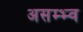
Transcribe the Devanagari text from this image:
असम्भ्व